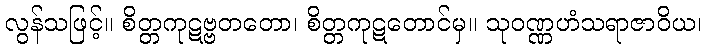
လွန်သဖြင့်။ စိတ္တကုဋဗ္ဗတတော၊ စိတ္တကုဋတောင်မှ။ သုဝဏ္ဏဟံသရာဇာဝိယ၊